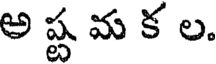
అ ష్ట మ క ల.